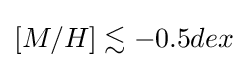
[M/H]\lesssim -0.5dex